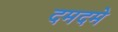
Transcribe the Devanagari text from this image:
दमदमे